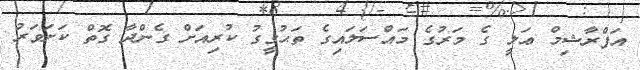
އަފްރާޝިމް ޢަލީ ގެ މަރުގެ މައްސަލައިގެ ތަޙުގީގު ކުރިއަށް ގެންދާ ގޮތް ކަށަވަރު